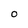
Character: O